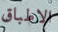
الاطباق